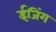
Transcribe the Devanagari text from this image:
ईजिंग